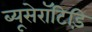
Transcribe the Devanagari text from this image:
ब्यूसेरॉटिड़ि